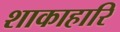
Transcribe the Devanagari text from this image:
शाकाहारि